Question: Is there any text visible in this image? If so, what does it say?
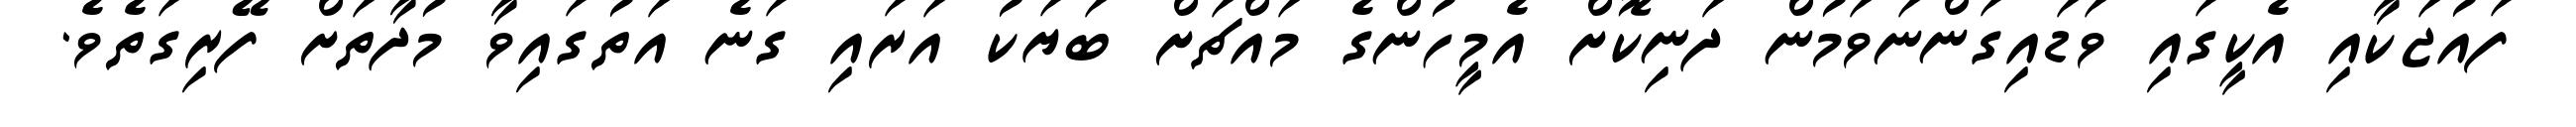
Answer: ފައުޖަކާއި އެކީގައި ވަޑައިގަންނަވަމުން ދަނިކޮށް އެމީހުންގެ މައްޗަށް ބަޔަކު އަރައި ގަނެ އަތުގައިވާ މުދާތަށް ފޭރިގަތެވެ.